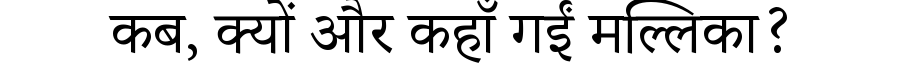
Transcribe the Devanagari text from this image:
कब, क्यों और कहाँ गईं मल्लिका?